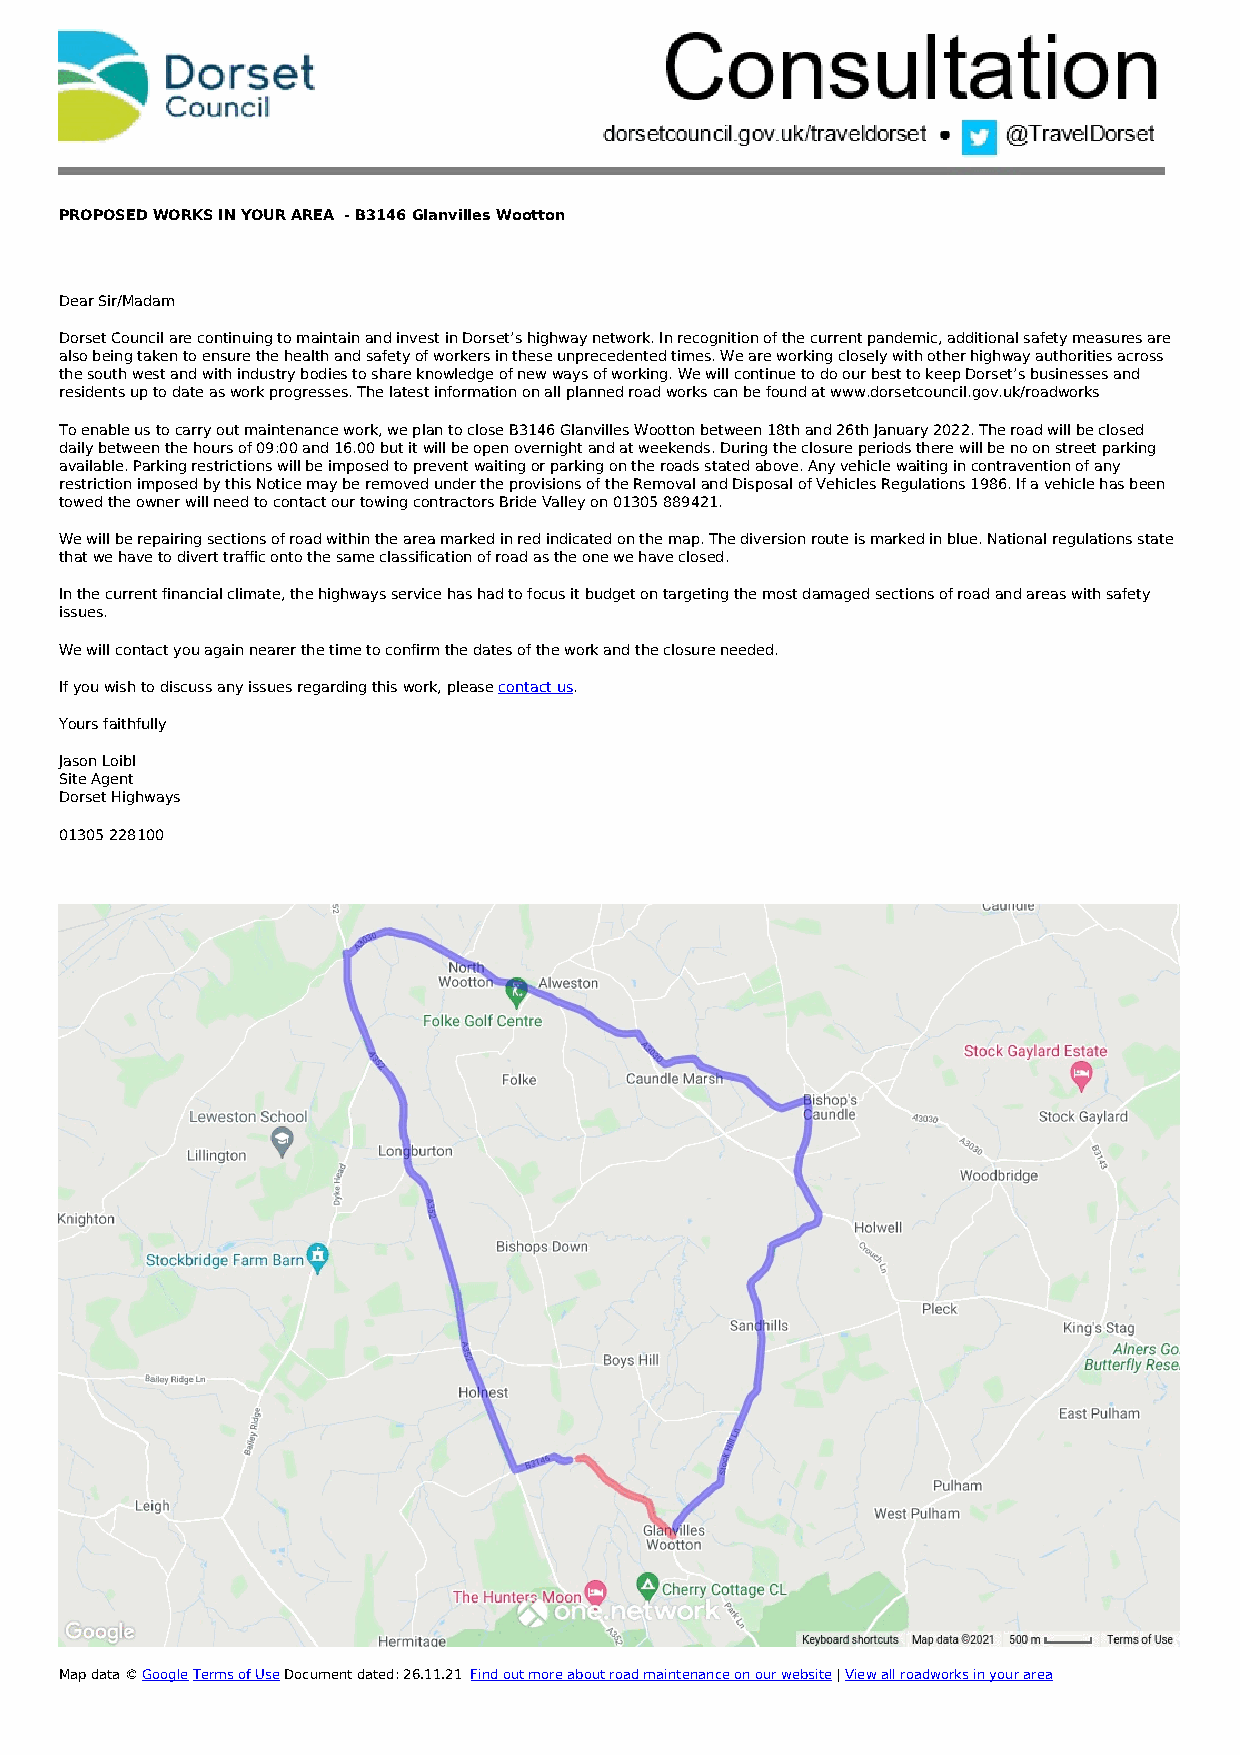
PROPOSED WORKS IN YOUR AREA - B3146 Glanvilles Wootton
 Dear Sir/Madam
 Dorset Council are continuing to maintain and invest in Dorset’s highway network. In recognition of the current pandemic, additional safety measures are
 also being taken to ensure the health and safety of workers in these unprecedented times. We are working closely with other highway authorities across
 the south west and with industry bodies to share knowledge of new ways of working. We will continue to do our best to keep Dorset’s businesses and
 residents up to date as work progresses. The latest information on all planned road works can be found at www.dorsetcouncil.gov.uk/roadworks
 To enable us to carry out maintenance work, we plan to close B3146 Glanvilles Wootton between 18th and 26th January 2022. The road will be closed
 daily between the hours of 09:00 and 16.00 but it will be open overnight and at weekends. During the closure periods there will be no on street parking
 available. Parking restrictions will be imposed to prevent waiting or parking on the roads stated above. Any vehicle waiting in contravention of any
 restriction imposed by this Notice may be removed under the provisions of the Removal and Disposal of Vehicles Regulations 1986. If a vehicle has been
 towed the owner will need to contact our towing contractors Bride Valley on 01305 889421.
 We will be repairing sections of road within the area marked in red indicated on the map. The diversion route is marked in blue. National regulations state
 that we have to divert traffic onto the same classification of road as the one we have closed.
 In the current financial climate, the highways service has had to focus it budget on targeting the most damaged sections of road and areas with safety
 issues.
 We will contact you again nearer the time to confirm the dates of the work and the closure needed.
 If you wish to discuss any issues regarding this work, please contact us.
 Yours faithfully
 Jason Loibl
 Site Agent
 Dorset Highways
 01305 228100
 Map data © Google Terms of Use Document dated: 26.11.21 Find out more about road maintenance on our website | View all roadworks in your area